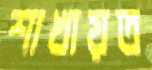
শাখায়ত